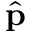
\hat { \bf p }